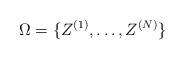
LaTeX: \begin{align*} \Omega = \{ Z^{(1)}, \dots, Z^{(N)} \} \end{align*}